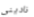
ناديني